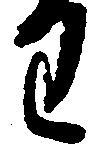
わ